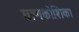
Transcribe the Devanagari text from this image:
घ्राणकोशिका